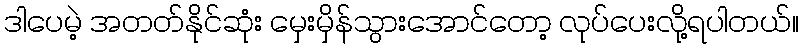
ဒါပေမဲ့ အတတ်နိုင်ဆုံး မှေးမှိန်သွားအောင်တော့ လုပ်ပေးလို့ရပါတယ်။